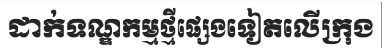
ដាក់ទណ្ឌកម្មថ្មីផ្សេងទៀតលើក្រុង